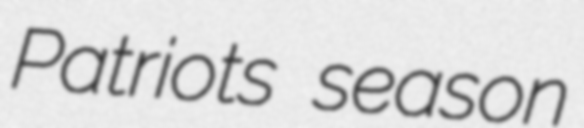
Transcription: Patriots season